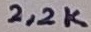
Text: 2,2K